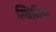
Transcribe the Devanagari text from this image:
स्थिरिता